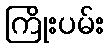
ကြိုးပမ်း